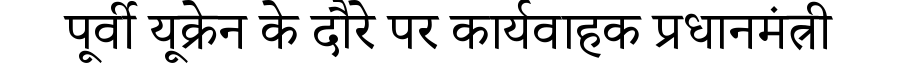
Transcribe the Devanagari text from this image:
पूर्वी यूक्रेन के दौरे पर कार्यवाहक प्रधानमंत्री